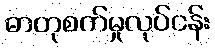
ဓာတုစက်မှုလုပ်ငန်း